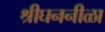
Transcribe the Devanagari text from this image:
श्रीघननीळा